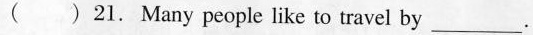
( ) 21. Many people like to travel by ___.